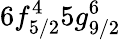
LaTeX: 6f_{5/2}^{4}5g_{9/2}^{6}